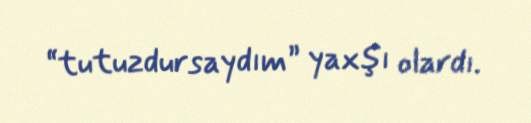
“tutuzdursaydım” yaxşı olardı.